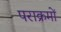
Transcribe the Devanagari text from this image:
पराक्रमों